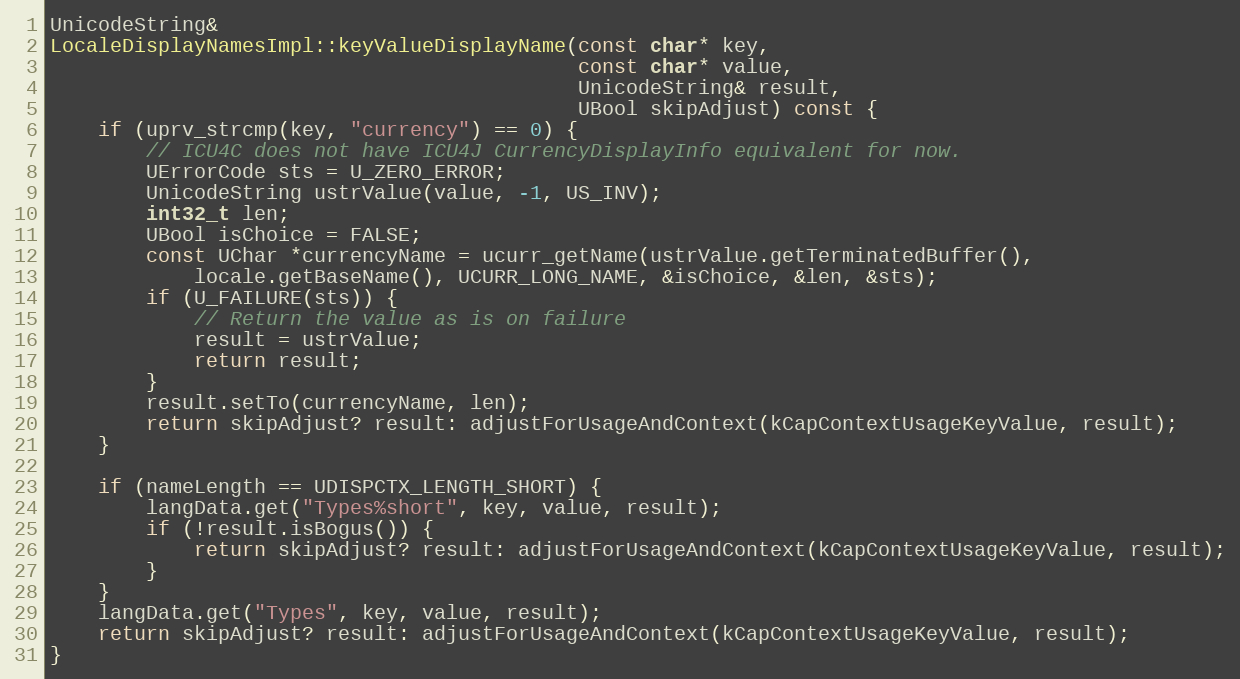
Language: C++
UnicodeString&
LocaleDisplayNamesImpl::keyValueDisplayName(const char* key,
                                            const char* value,
                                            UnicodeString& result,
                                            UBool skipAdjust) const {
    if (uprv_strcmp(key, "currency") == 0) {
        // ICU4C does not have ICU4J CurrencyDisplayInfo equivalent for now.
        UErrorCode sts = U_ZERO_ERROR;
        UnicodeString ustrValue(value, -1, US_INV);
        int32_t len;
        UBool isChoice = FALSE;
        const UChar *currencyName = ucurr_getName(ustrValue.getTerminatedBuffer(),
            locale.getBaseName(), UCURR_LONG_NAME, &isChoice, &len, &sts);
        if (U_FAILURE(sts)) {
            // Return the value as is on failure
            result = ustrValue;
            return result;
        }
        result.setTo(currencyName, len);
        return skipAdjust? result: adjustForUsageAndContext(kCapContextUsageKeyValue, result);
    }

    if (nameLength == UDISPCTX_LENGTH_SHORT) {
        langData.get("Types%short", key, value, result);
        if (!result.isBogus()) {
            return skipAdjust? result: adjustForUsageAndContext(kCapContextUsageKeyValue, result);
        }
    }
    langData.get("Types", key, value, result);
    return skipAdjust? result: adjustForUsageAndContext(kCapContextUsageKeyValue, result);
}